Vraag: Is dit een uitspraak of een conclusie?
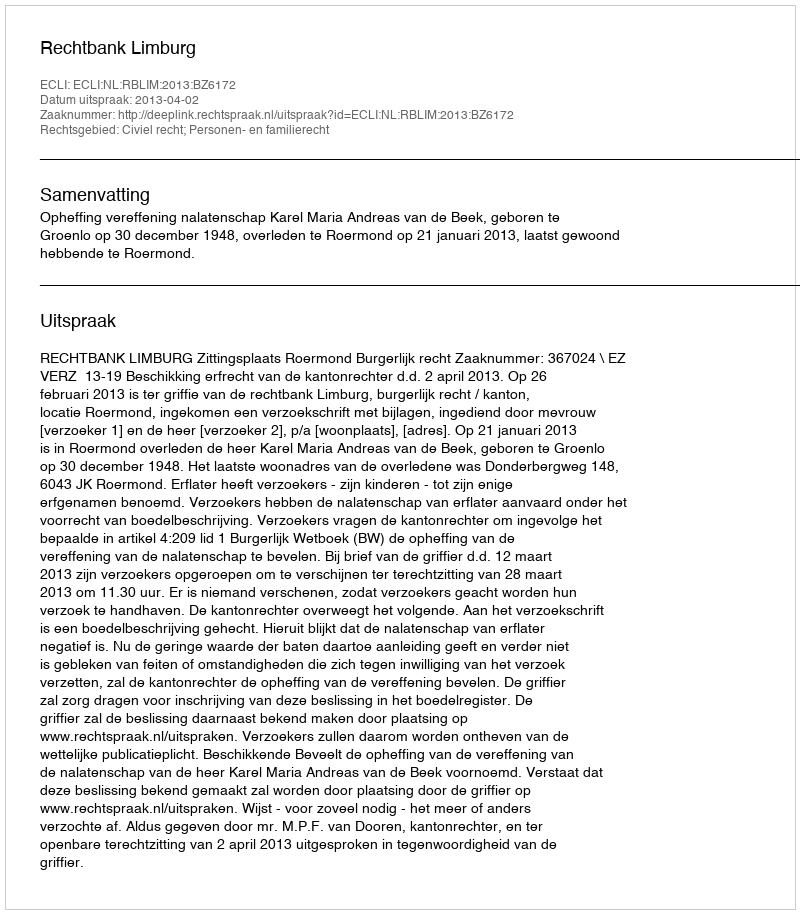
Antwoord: Uitspraak